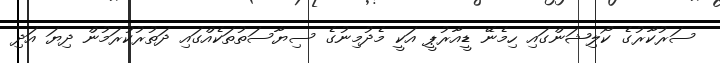
ސަރުކާރުގެ ކޯލިޝަންގައި ހިމެނޭ ޑީއާރުޕީ އަކީ މެދުމިނުގެ ސިޔާސަތުތަކެއްގައި ދަތުރުކުރަމުން ދިޔަ އަދި